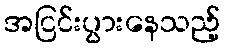
အငြင်းပွားနေသည့်